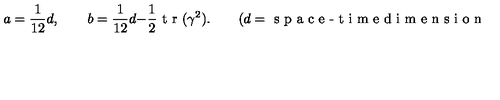
a = \frac { 1 } { 1 2 } d , \qquad b = \frac { 1 } { 1 2 } d - \frac { 1 } { 2 } \textrm { t r } ( \gamma ^ { 2 } ) . \qquad ( d = \textrm { s p a c e - t i m e d i m e n s i o n } )